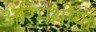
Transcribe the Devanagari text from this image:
अरिमथीया